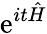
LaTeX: \mathrm{e}^{it{\hat{{H}}}}